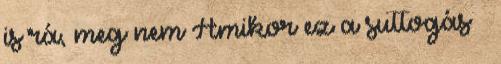
is rá, meg nem Amikor ez a suttogás –